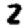
Digit: 2